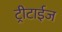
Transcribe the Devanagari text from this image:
ट्रीटाईज